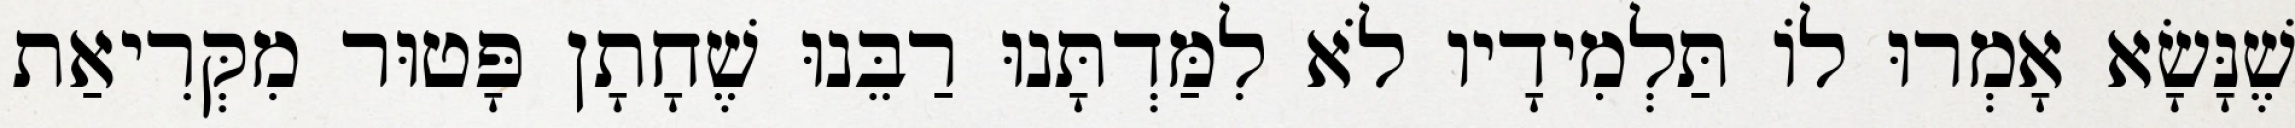
שֶׁנָּשָׂא אָמְרוּ לוֹ תַּלְמִידָיו לֹא לִמַּדְתָּנוּ רַבֵּנוּ שֶׁחָתָן פָּטוּר מִקְּרִיאַת